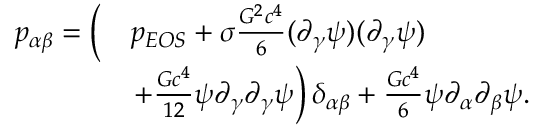
\begin{array} { r l } { p _ { \alpha \beta } = \bigg ( } & { p _ { E O S } + \sigma \frac { G ^ { 2 } c ^ { 4 } } { 6 } ( \partial _ { \gamma } \psi ) ( \partial _ { \gamma } \psi ) } \\ & { \left. + \frac { G c ^ { 4 } } { 1 2 } \psi \partial _ { \gamma } \partial _ { \gamma } \psi \right) \delta _ { \alpha \beta } + \frac { G c ^ { 4 } } { 6 } \psi \partial _ { \alpha } \partial _ { \beta } \psi . } \end{array}